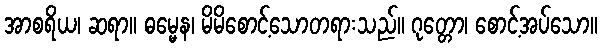
အာစရိယ၊ ဆရာ။ ဓမ္မေန၊ မိမိစောင့်သောတရားသည်။ ဂုတ္တော၊ စောင့်အပ်သော။